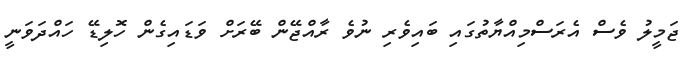
ޖަމީލު ވެސް އެރަސްމިއްޔާތުގައި ބައިވެރި ނުވެ ރާއްޖޭން ބޭރަށް ވަޑައިގެން ހޮލިޑޭ ހައްދަވަނީ